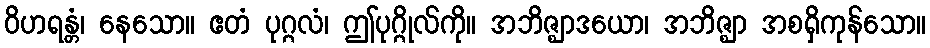
ဝိဟရန္တံ၊ နေသော။ ဧတံ ပုဂ္ဂလံ၊ ဤပုဂ္ဂိုလ်ကို။ အဘိဇ္ဈာဒယော၊ အဘိဇ္ဈာ အစရှိကုန်သော။